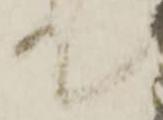
て